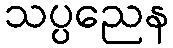
သပ္ပညေန